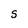
Character: S